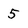
Character: 5